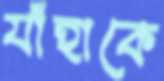
যাঁহাকে